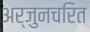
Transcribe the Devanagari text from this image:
अर्जुनचरित